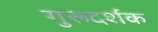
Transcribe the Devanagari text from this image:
गुरूदर्शक